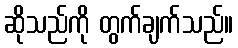
ဆိုသည်ကို တွက်ချက်သည်။